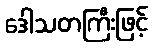
ဒေါသတကြီးဖြင့်